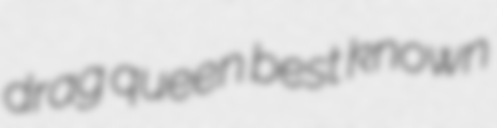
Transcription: drag queen best known